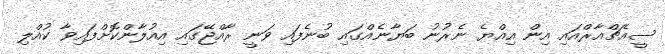
ސީއެޗްއާރްއައި އިން އިއްޔެ ނެރުނު ބަޔާނެއްގައި ބުނެފައި ވަނީ ރާއްޖޭގައި އިއުލާންކޮށްފައިވާ ކުއްލި